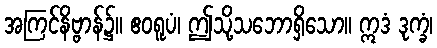
အကြင်နိဗ္ဗာန်၌။ ဧဝရူပံ၊ ဤသို့သဘောရှိသော။ ဣဒံ ဒုက္ခံ၊